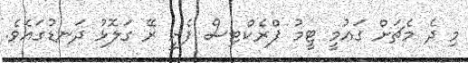
މި ދެ މެޗަށް ގައުމީ ޓީމު ޕްރެކްޓިސް ފެށީ ރޭ ގަލޮޅު ދަނޑުގައެވެ.